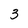
Character: 3